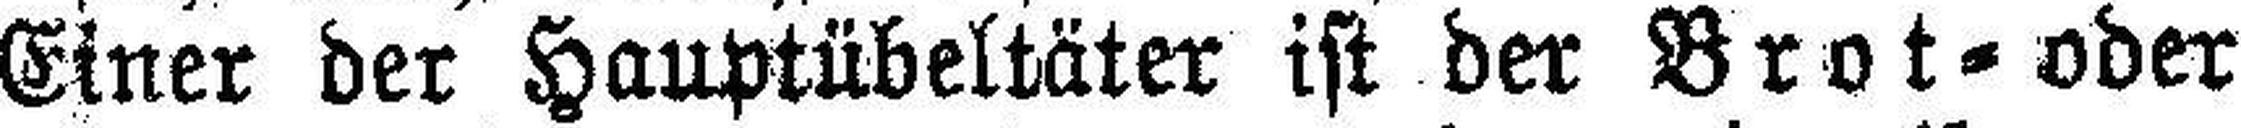
Einer der Hauptübeltäter ist der Brot= oder